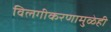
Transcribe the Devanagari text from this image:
विलगीकरणामुळेही